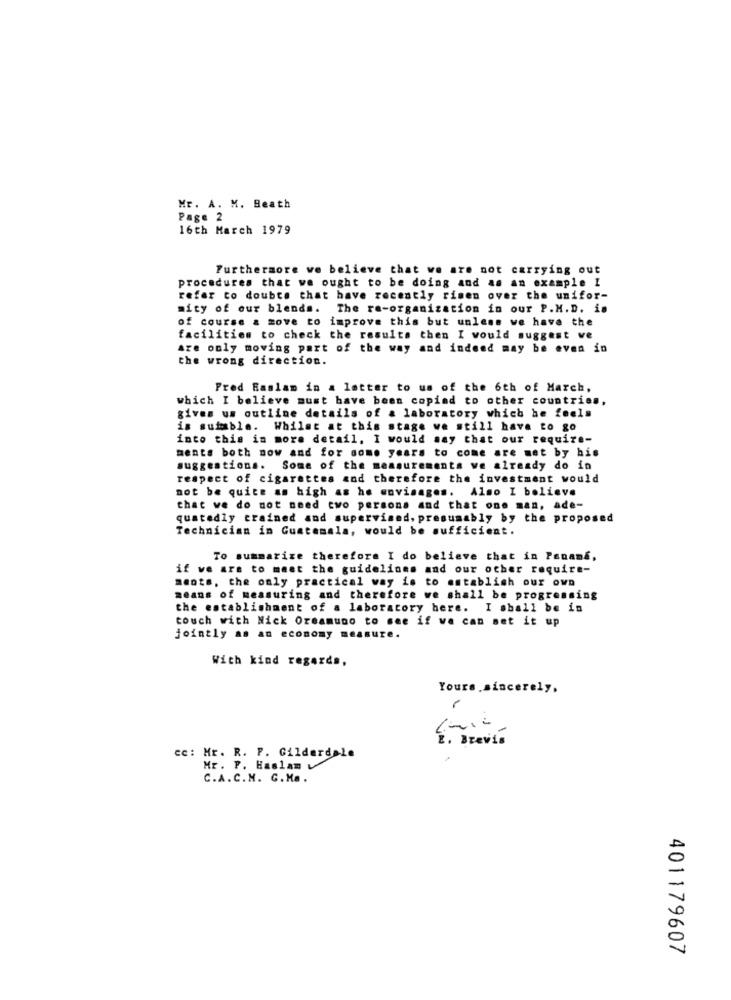
Mr. A. M. Beath
Page 2
16th March 1979
Furthermore we believe that we are not carrying out
procedures that we ought to be doing and as an example I
refer to doubts that have recently rimen over the unifor-
mity of our blends. The re-organization in our P.M.D. in
of course & move to improve this but unless we have the
facilities to check the results then I would suggest ve
Are only moving part of the way and indeed may be even in
the wrong direction.
Fred Haslam in a letter to us of the 6th of March,
which I believe must have been copiad to other countries,
gives us outline details of & laboratory which he feels
is sufable. Whilst at this stage we still have to go
into this in more detail. I would say that our require-
ments both now and for some years to come are met by his
suggestions. Some of the measurementa ve already do in
respect of cigarettes and therefore the investment would
not be quite as high as he envisages. Also I believe
that we do not need two persons and that one man, ade-
quatedly trained and supervised, presumably by the proposed
Technician in Guatemala, would be sufficient.
To summarize therefore I do believe that in Panama,
if we are to meet the guidelines and our other require-
ments, the only practical way is to establish our own
means of measuring and therefore we shall be progressing
the establishment of a laboratory here. I shall be in
touch with Nick Oreamuno to see if we can set it up
jointly as an economy measure.
With kind regards,
Yours sincerely,
2. Brevis
cc: Mr. R. P. Gilderdale
Mr. P. Haslam
C.A.C.N. G.Ma.
401179607